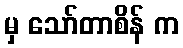
မှ သော်တာစိန် က